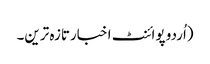
(اُردو پوائنٹ اخبارتازہ ترین۔